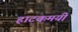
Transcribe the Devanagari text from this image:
हाटकमयी